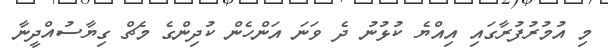
މި އުމުރުފުރާގައި އިއްޔެ ކުޅުނު ދެ ވަނަ އަންހެން ކުދިންގެ މެޗް ގިޔާސުއްދީނާ